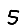
Digit: 5